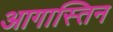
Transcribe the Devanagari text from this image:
आगास्तिन